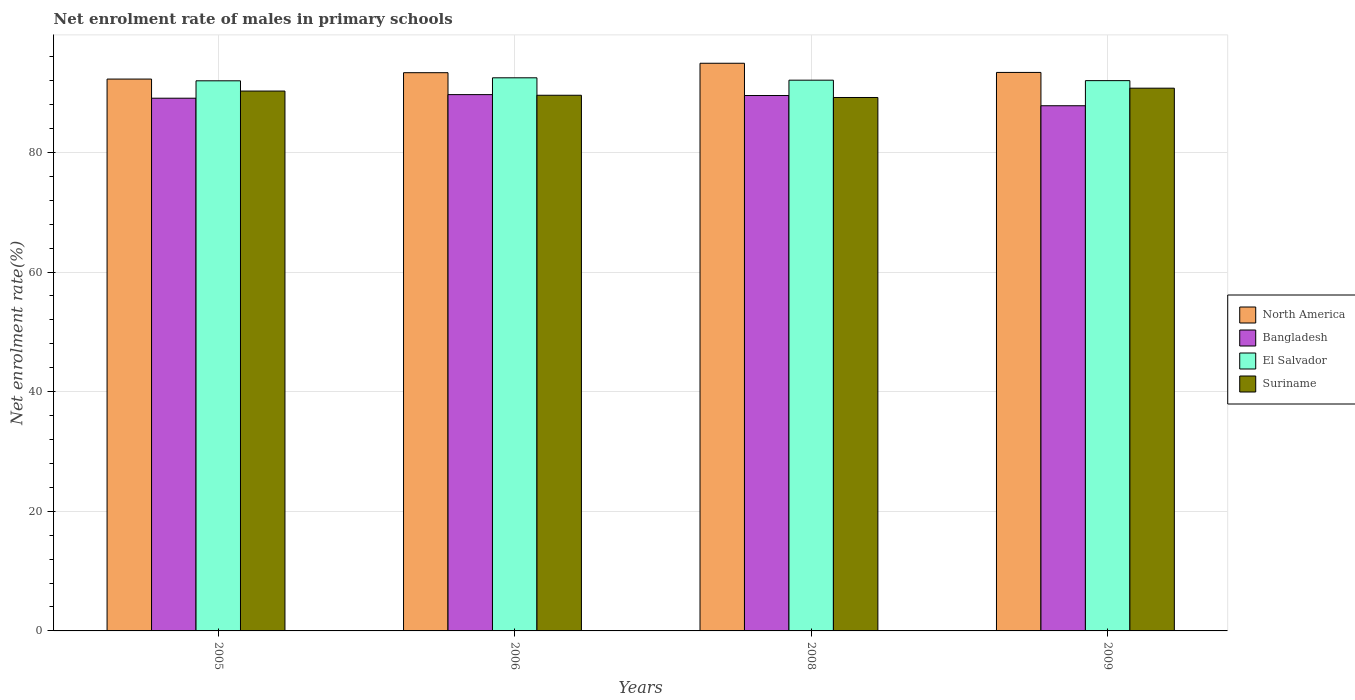
| Years | North America | Bangladesh | El Salvador | Suriname |
 | --- | --- | --- | --- | --- |
 | 2005 | 92.3 | 89.1 | 92 | 90.2 |
 | 2006 | 93.3 | 89.7 | 92.5 | 89.5 |
 | 2008 | 94.9 | 89.5 | 92.1 | 89.2 |
 | 2009 | 93.4 | 87.8 | 92 | 90.7 |